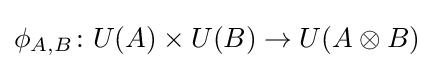
\phi _{A,B}\colon U(A)\times U(B)\to U(A\otimes B)